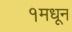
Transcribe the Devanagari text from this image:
१मधून